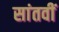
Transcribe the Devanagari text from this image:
सांतवीं